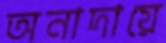
অনাদায়ে